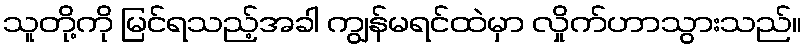
သူတို့ကို မြင်ရသည့်အခါ ကျွန်မရင်ထဲမှာ လှိုက်ဟာသွားသည်။